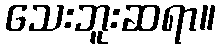
သေးဘူးဆရာ။